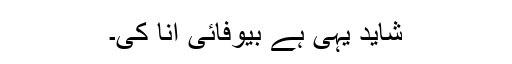
شاید یہی ہے بیوفائی انا کی۔